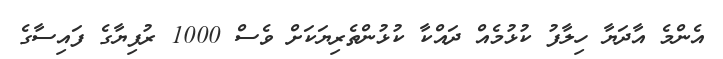
އެންމެ އާދަޔާ ހިލާފު ކުޅުމެއް ދައްކާ ކުޅުންތެރިޔަކަށް ވެސް 1000 ރުފިޔާގެ ފައިސާގެ